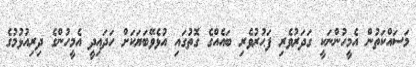
މަސައްކަތުން އެމީހުންނަކީ ގަދަރުވެރި ފަޙުރުވެރި ބައެއްގެ ގޮތުގައި އުޅެވޭބަޔަކަށް ހަދައިދީ އެމީހުންގެ ދިރިއުޅުމުގެ